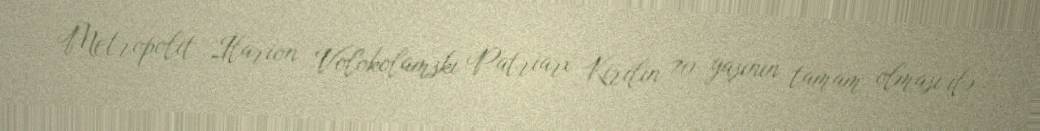
Metropolit İlarion Volokolamski Patriarx Kirilin 70 yaşının tamam olması ilə